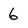
Character: 6